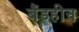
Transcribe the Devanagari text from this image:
बैंडहीन